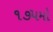
૧૭૫મો